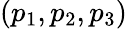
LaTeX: (p_{1},p_{2},p_{3})